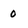
Character: 0